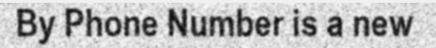
By Phone Number is a new